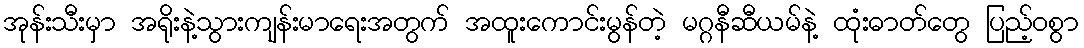
အုန်းသီးမှာ အရိုးနဲ့သွားကျန်းမာရေးအတွက် အထူးကောင်းမွန်တဲ့ မဂ္ဂနီဆီယမ်နဲ့ ထုံးဓာတ်တွေ ပြည့်ဝစွာ